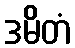
ဒမိတံ